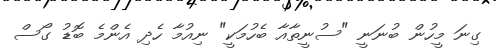
ގިނަ މީހުން ބުނަނީ "ސުނީތާއާ ބެހުމަކީ" ނިއުމާ ހެދި އެންމެ ބޮޑު ގޯސް